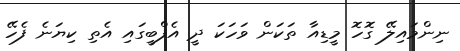
ނިންމައިލޭ ގޮހޮ މީޑިއާ ތަކަން ވަހަކަ ދީ އެފްބީގައި އެތި ކިޔަނެ ފެހޭ